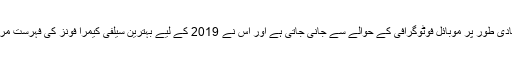
یہ کمپنی بنیادی طور پر موبائل فوٹوگرافی کے حوالے سے جانی جاتی ہے اور اس نے 2019 کے لیے بہترین سیلفی کیمرا فونز کی فہرست مرتب کی ہے۔